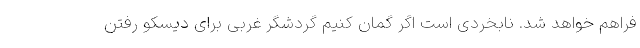
فراهم خواهد شد. نابخردی است اگر گمان کنیم گردشگر غربی برای دیسکو رفتن